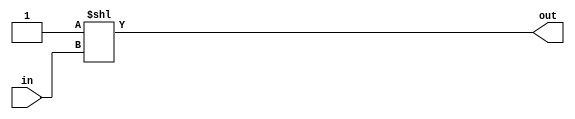
module ParameterDecoder (in,out);

    parameter N = 2;
    parameter M = 4;

    input [N-1:0] in;
    output [M-1:0] out;

    assign out = 1'b1 << in;

endmodule